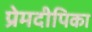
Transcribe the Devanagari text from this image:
प्रेमदीपिका